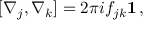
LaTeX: [ \nabla _ { j } , \nabla _ { k } ] = 2 \pi i f _ { j k } { \bf 1 } \, ,